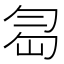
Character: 𠣢